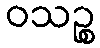
ဝသဉ္စ